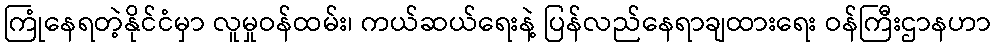
ကြုံနေရတဲ့နိုင်ငံမှာ လူမှုဝန်ထမ်း၊ ကယ်ဆယ်ရေးနဲ့ ပြန်လည်နေရာချထားရေး ဝန်ကြီးဌာနဟာ